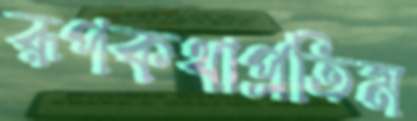
রূপকথাপ্রতিম